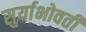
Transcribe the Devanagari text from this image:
सुर्याभोवती